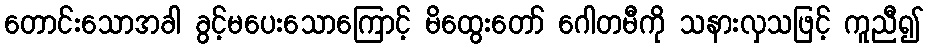
တောင်းသောအခါ ခွင့်မပေးသောကြောင့် မိထွေးတော် ဂေါတမီကို သနားလှသဖြင့် ကူညီ၍